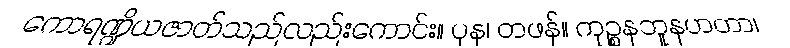
ကောရဏ္ဍိယဇာတ်သည်လည်းကောင်း။ ပုန၊ တဖန်။ ကုဉ္စနဘူနဟတာ၊